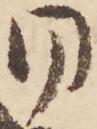
同